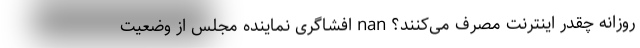
روزانه چقدر اینترنت مصرف می‌کنند؟ nan افشاگری نماینده مجلس از وضعیت